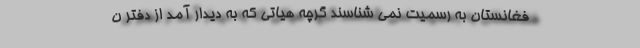
فغانستان به رسمیت نمی شناسند گرچه هیاتی که به دیدار آمد از دفتر ن